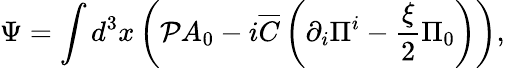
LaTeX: \Psi=\int{d^{3}x}\left({{\cal P}A_{0}-i{\overline{{C}}}\left({\partial_{i}\Pi^{i}-\frac{\xi}{2}\Pi_{0}}\right)}\right),